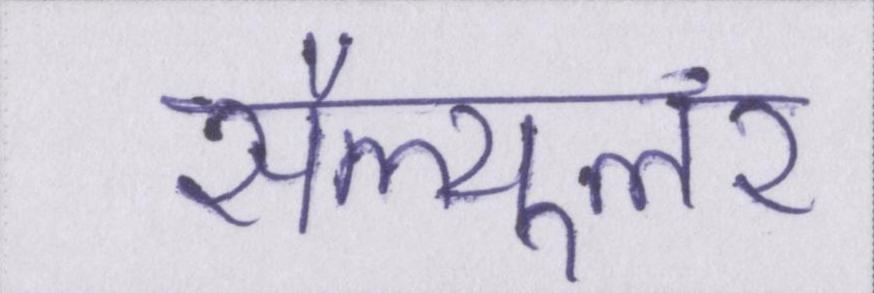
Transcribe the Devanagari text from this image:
सैल्यूलर